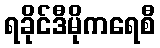
ရခိုင်ဒီမိုကရေစီ